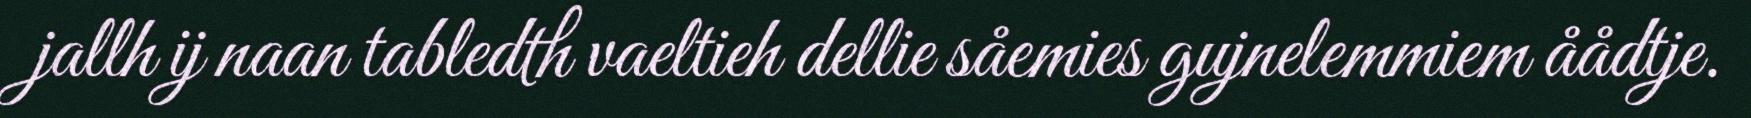
jallh ij naan tabledth vaeltieh dellie såemies gujnelemmiem åådtje.